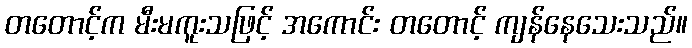
တတောင့်က မီးမကူးသဖြင့် အကောင်း တတောင့် ကျန်နေသေးသည်။